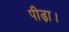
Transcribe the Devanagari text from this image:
पीढ़ा।